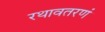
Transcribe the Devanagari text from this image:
रथावतरणं